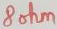
Text: 8ohm